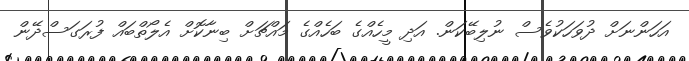
އަހަންނަށް ދުވަހަކުވެސް ނުލިބޭކަން. އަދި މީހެއްގެ ބަހެއްގެ މައްޗަށް ބިނާކޮށް އެލޯތްބައް ފުރަގަސްދޭން